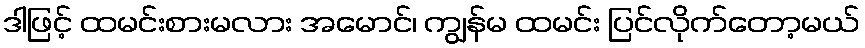
ဒါဖြင့် ထမင်းစားမလား အမောင်၊ ကျွန်မ ထမင်း ပြင်လိုက်တော့မယ်